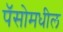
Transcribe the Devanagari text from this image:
पॅसोमधील